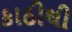
કાઠીથી